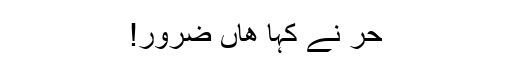
حُر نے کہا ھاں ضرور!